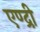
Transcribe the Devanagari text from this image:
एण्द्री